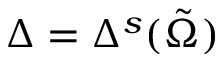
\Delta = \Delta ^ { s } ( \Tilde { \Omega } )